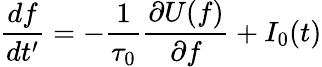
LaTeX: \displaystyle\frac{df}{dt^{\prime}}=-\frac{1}{\tau_{0}}\frac{\partial U(f)}{\partial f}+I_{0}(t)